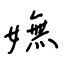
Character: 嫵